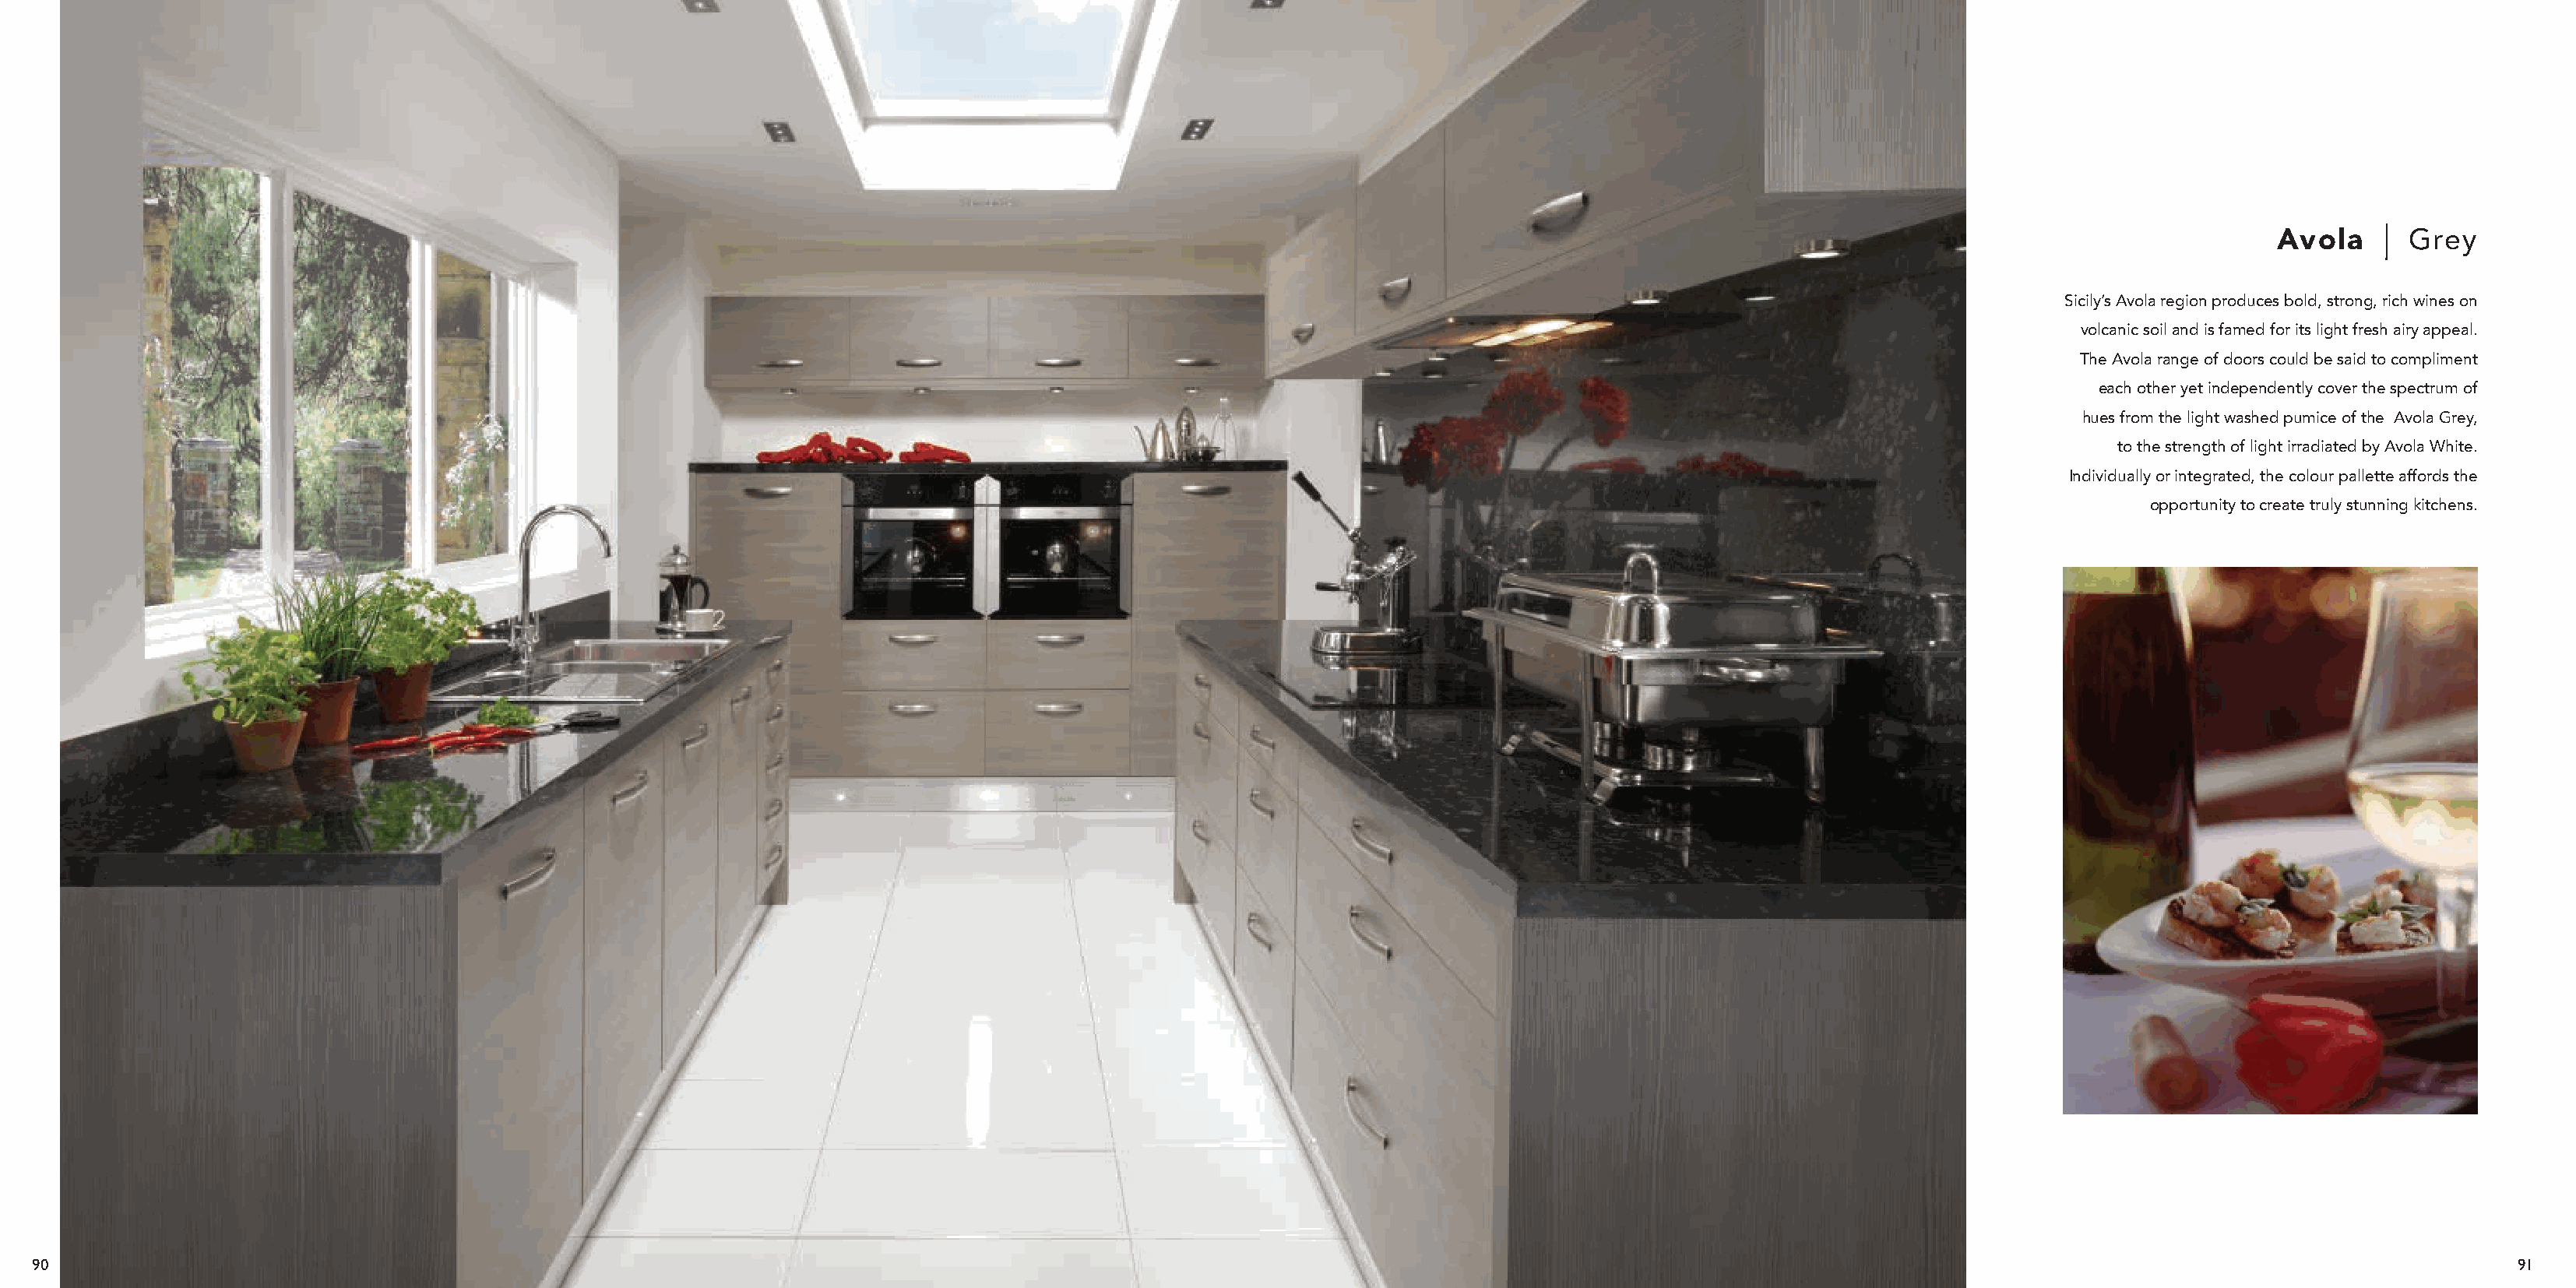
Avola      Grey
 Sicily’s Avola region produces bold, strong, rich wines on
 volcanic soil and is famed for its light fresh airy appeal.
 The Avola range of doors could be said to compliment
 each other yet independently cover the spectrum of
 hues from the light washed pumice of the Avola Grey,
 to the strength of light irradiated by Avola White.
 Individually or integrated, the colour pallette affords the
 opportunity to create truly stunning kitchens.
 90                                                                                                                                                                                                                 91